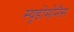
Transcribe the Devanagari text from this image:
स्यूडोमोनैस